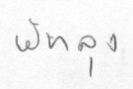
พัทลุง